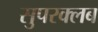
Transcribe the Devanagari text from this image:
सुपरक्लब